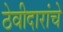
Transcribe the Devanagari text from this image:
ठेवीदारांचे